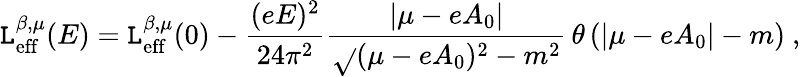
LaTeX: {\cal\mathtt{L}}_{\mathrm{{eff}}}^{\beta,\mu}(E)={\cal\mathtt{L}}_{\mathrm{{eff}}}^{\beta,\mu}(0)-\frac{{(eE)^{2}}}{{24\pi^{2}}}\frac{{|\mu-eA_{0}|}}{{\sqrt{}{{(\mu-eA_{0})^{2}-m^{2}}}}}\, \theta\left(|\mu-eA_{0}|-m\right)\ ,